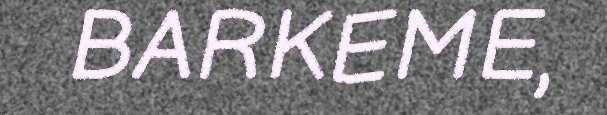
BARKEME,